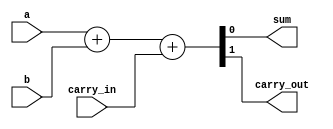
module fulladder_behavioral(sum, carry_out, a, b, carry_in);

   input a, b, carry_in;
   output sum, carry_out;

   assign {carry_out, sum} = a + b + carry_in;

endmodule // fulladder_behavioral